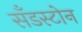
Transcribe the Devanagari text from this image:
सँडस्टोन